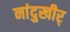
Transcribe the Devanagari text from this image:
नांदुखीर्